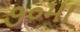
૭૦મા